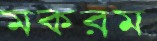
মকরম